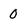
Character: 0